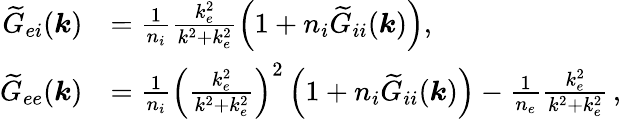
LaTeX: \begin{array}{rl}{\widetilde{G}_{ei}(\boldsymbol{k})}&{=\frac{1}{n_{i}}\frac{k_{e}^{2}}{k^{2}+k_{e}^{2}}\left(1+n_{i}\widetilde{G}_{ii}(\boldsymbol{k})\right),}\\ {\widetilde{G}_{ee}(\boldsymbol{k})}&{=\frac{1}{n_{i}}\left(\frac{k_{e}^{2}}{k^{2}+k_{e}^{2}}\right)^{2}\left(1+n_{i}\widetilde{G}_{ii}(\boldsymbol{k})\right)-\frac{1}{n_{e}}\frac{k_{e}^{2}}{k^{2}+k_{e}^{2}}\, ,}\end{array}